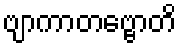
ဗျာကာတဗ္ဗောတိ